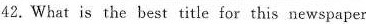
42.What is the best title for this newspaper